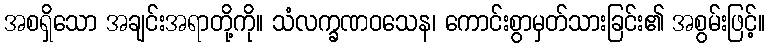
အစရှိသော အချင်းအရာတို့ကို။ သံလက္ခဏဝသေန၊ ကောင်းစွာမှတ်သားခြင်း၏ အစွမ်းဖြင့်။